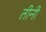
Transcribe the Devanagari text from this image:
तीनी